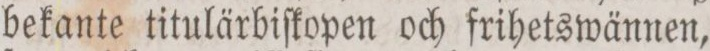
bekante titulärbiſkopen och frihetswännen,